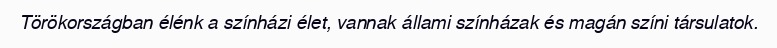
Törökországban élénk a színházi élet, vannak állami színházak és magán színi társulatok.